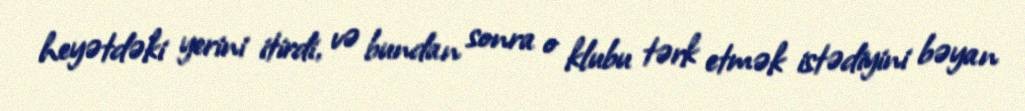
heyətdəki yerini itirdi, və bundan sonra o klubu tərk etmək istədiyini bəyan